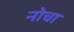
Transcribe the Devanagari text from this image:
नोचा